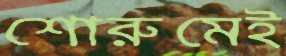
শোরুমেই